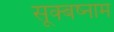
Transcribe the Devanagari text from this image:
सूक्बष्नाम